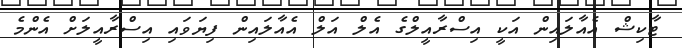
ޓާކިޝް އެއާލައިން އަކީ އިސްރާއީލްގެ އެލް އަލް އެއާލައިން ފިޔަވައި އިސްރާއީލަށް އެންމެ